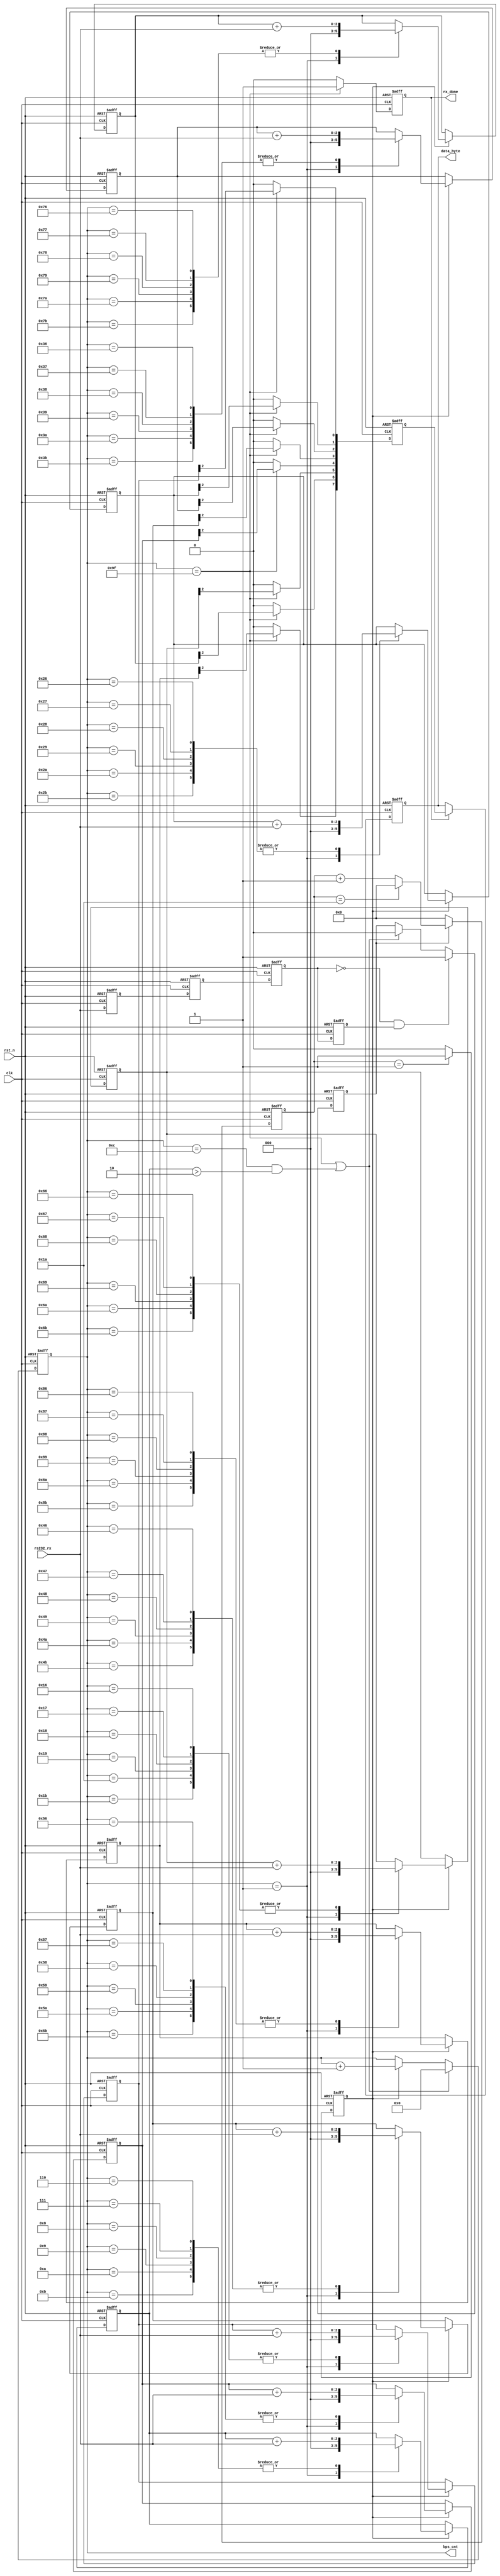
module GY25_RX(clk,rst_n,rs232_rx,data_byte,rx_done,bps_cnt
    );
  input wire 	  clk;
  input wire 	  rst_n;
  input wire 	  rs232_rx;
  
  output reg [7:0]data_byte;
  output reg 	  rx_done;
  output reg [7:0]bps_cnt;
  
  wire 		neged;
  reg 		UART_state;
  reg [8:0]	cnt;
  reg		bps_clk;
  reg [2:0]	r_date_byte[7:0];
  reg [7:0]	tmp_date_byte;
  reg 		s0_rs232_rx;
  reg 		s1_rs232_rx;
  reg 		tmp0_rs232_rx;
  reg 		tmp1_rs232_rx;
  reg [2:0]	start_bit;
  reg [2:0]	end_bite;

	////////////////////////
	always @(posedge clk or negedge rst_n)
	begin
		if(!rst_n)
			begin
				s0_rs232_rx<=0;
				s1_rs232_rx<=0;
			end
		else
			begin
				s0_rs232_rx<=rs232_rx;
				s1_rs232_rx<=s0_rs232_rx;
			end 
	end 
	///////////////////////////////////////
	always @(posedge clk or negedge rst_n)
	begin
		if(!rst_n)
		 begin
			tmp0_rs232_rx<=0;
			tmp1_rs232_rx<=0;
		 end
		else 
		 begin
			tmp0_rs232_rx<=s1_rs232_rx;
			tmp1_rs232_rx<=tmp0_rs232_rx;
		 end 
		end 
	assign neged=!tmp0_rs232_rx & tmp1_rs232_rx;///
	//////////////////////////////
	always @(posedge clk or negedge rst_n)
	begin
		if(!rst_n)
			UART_state<=0;
		else if(neged)
			UART_state<=1;
		else if(bps_cnt==159||((bps_cnt==12)&&(start_bit>2)))
			UART_state<=0;
	end
	/////////////////////////////////////////
	always @(posedge clk or negedge rst_n)
	begin
	if(!rst_n)
		cnt<=0;
	else if(UART_state) begin
		if(cnt==26)
			cnt<=0;
		else 
			cnt<=cnt+1;
		end
		else
		cnt<=0;
	end
	/////////////////////////////////   
	always @(posedge clk or negedge rst_n)
	begin
		if(!rst_n)
			bps_clk<=0;
		else if(cnt==1)
			bps_clk<=1;
		else 
			bps_clk<=0;
	end
	//////////////////////////////
	always @(posedge clk or negedge rst_n)
	begin
		if(!rst_n)
			rx_done<=0;
		else if(bps_cnt==159)
			rx_done<=1;
		else
			rx_done<=0;
	end
	////////////////////////////
	always @(posedge clk or negedge rst_n)
	begin
		if(!rst_n)
			bps_cnt<=0;
		else if(bps_cnt==159||((bps_cnt==12)&&(start_bit>2)))
				bps_cnt<=0;
		else if(bps_clk)
				bps_cnt<=bps_cnt+1;
	end
	
	always @(posedge clk or negedge rst_n)
	begin
		if(!rst_n)
		begin
			start_bit<=3'b0;
			r_date_byte[0]<=3'b0;
			r_date_byte[1]<=3'b0;
			r_date_byte[2]<=3'b0;
			r_date_byte[3]<=3'b0;
			r_date_byte[4]<=3'b0;
			r_date_byte[5]<=3'b0;
			r_date_byte[6]<=3'b0;
			r_date_byte[7]<=3'b0;
			end_bite<=3'b0;
		end
		else if(bps_clk) begin
			case(bps_cnt)
			1:begin
				start_bit<=3'b0;
				r_date_byte[0]<=3'b0;
				r_date_byte[1]<=3'b0;
				r_date_byte[2]<=3'b0;
				r_date_byte[3]<=3'b0;
				r_date_byte[4]<=3'b0;
				r_date_byte[5]<=3'b0;
				r_date_byte[6]<=3'b0;
				r_date_byte[7]<=3'b0;
				end_bite<=3'b0;
			end
			6,7,8,9,10,11:           start_bit<=start_bit+rs232_rx;          
			22,23,24,25,26,27:       r_date_byte[0]<=r_date_byte[0]+rs232_rx;
			38,39,40,41,42,43:       r_date_byte[1]<=r_date_byte[1]+rs232_rx;
			54,55,56,57,58,59:       r_date_byte[2]<=r_date_byte[2]+rs232_rx;
			70,71,72,73,74,75:       r_date_byte[3]<=r_date_byte[3]+rs232_rx;
			86,87,88,89,90,91:       r_date_byte[4]<=r_date_byte[4]+rs232_rx;
			102,103,104,105,106,107: r_date_byte[5]<=r_date_byte[5]+rs232_rx;
			118,119,120,121,122,123: r_date_byte[6]<=r_date_byte[6]+rs232_rx;
			134,135,136,137,138,139: r_date_byte[7]<=r_date_byte[7]+rs232_rx;
			150,151,152,153,154,155: end_bite<=end_bite+rs232_rx;
			default: ;
			endcase
		end
	end
	always @(posedge clk or negedge rst_n)
	begin
	if(!rst_n)
	tmp_date_byte<=0;
	else if(bps_cnt==159)begin
		tmp_date_byte[0]<=r_date_byte[0][2];
		tmp_date_byte[1]<=r_date_byte[1][2];
		tmp_date_byte[2]<=r_date_byte[2][2];
		tmp_date_byte[3]<=r_date_byte[3][2];
		tmp_date_byte[4]<=r_date_byte[4][2];
		tmp_date_byte[5]<=r_date_byte[5][2];
		tmp_date_byte[6]<=r_date_byte[6][2];
		tmp_date_byte[7]<=r_date_byte[7][2];
		end
	else
		tmp_date_byte<=8'b0;
	end
	always @(posedge clk or negedge rst_n)
	begin
		if(!rst_n)
			data_byte<=0;
		else if(rx_done)
			data_byte<=tmp_date_byte;
		else
			data_byte<=data_byte;
		
	end	  
endmodule